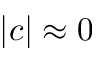
| c | \approx 0